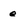
Character: e